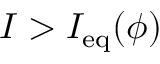
I > I _ { \mathrm { e q } } ( \phi )